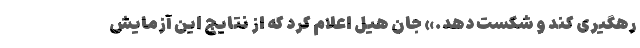
رهگیری کند و شکست دهد.» جان هیل اعلام کرد که از نتایج این آزمایش